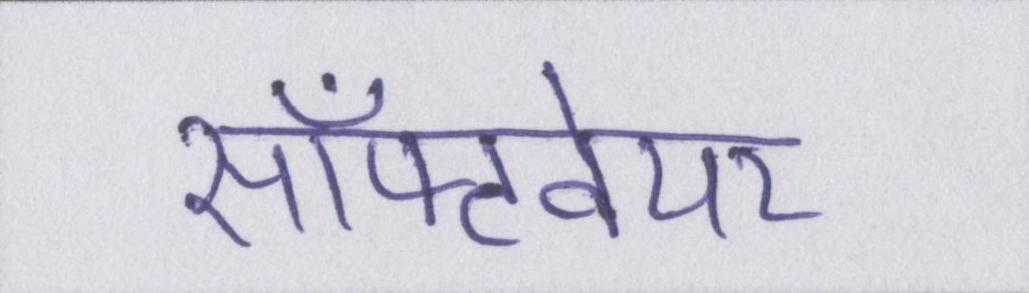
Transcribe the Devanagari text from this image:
सॉफ्टवेयर